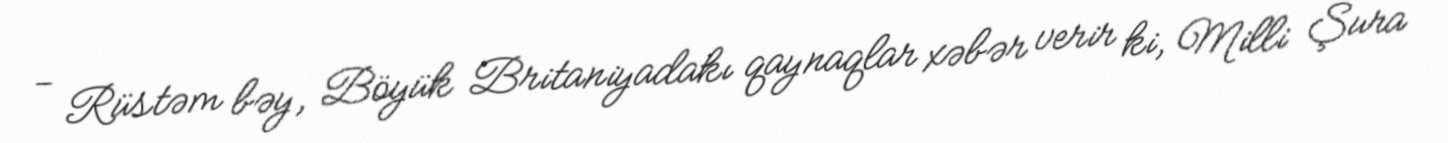
- Rüstəm bəy, Böyük Britaniyadakı qaynaqlar xəbər verir ki, Milli Şura